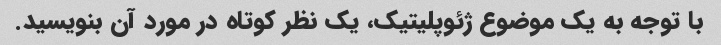
با توجه به یک موضوع ژئوپلیتیک، یک نظر کوتاه در مورد آن بنویسید.